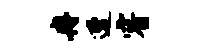
冉遭睿